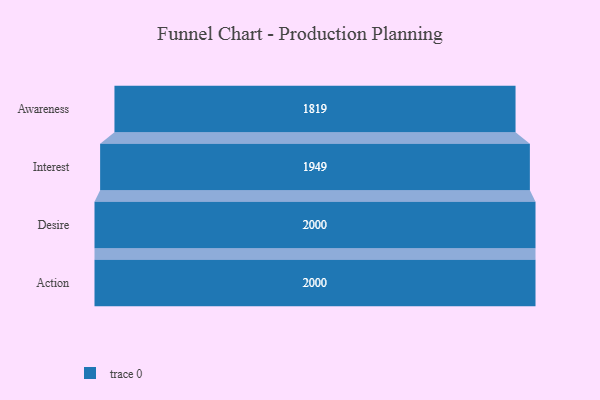
{"axis": {"x": "Stage", "y": "Value"}, "legend": [""], "data": [{"x": "Awareness", "y": 1819.0, "type": ""}, {"x": "Interest", "y": 1949.0, "type": ""}, {"x": "Desire", "y": 2000, "type": ""}, {"x": "Action", "y": 2000, "type": ""}]}